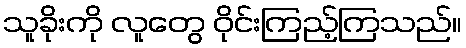
သူခိုးကို လူတွေ ဝိုင်းကြည့်ကြသည်။